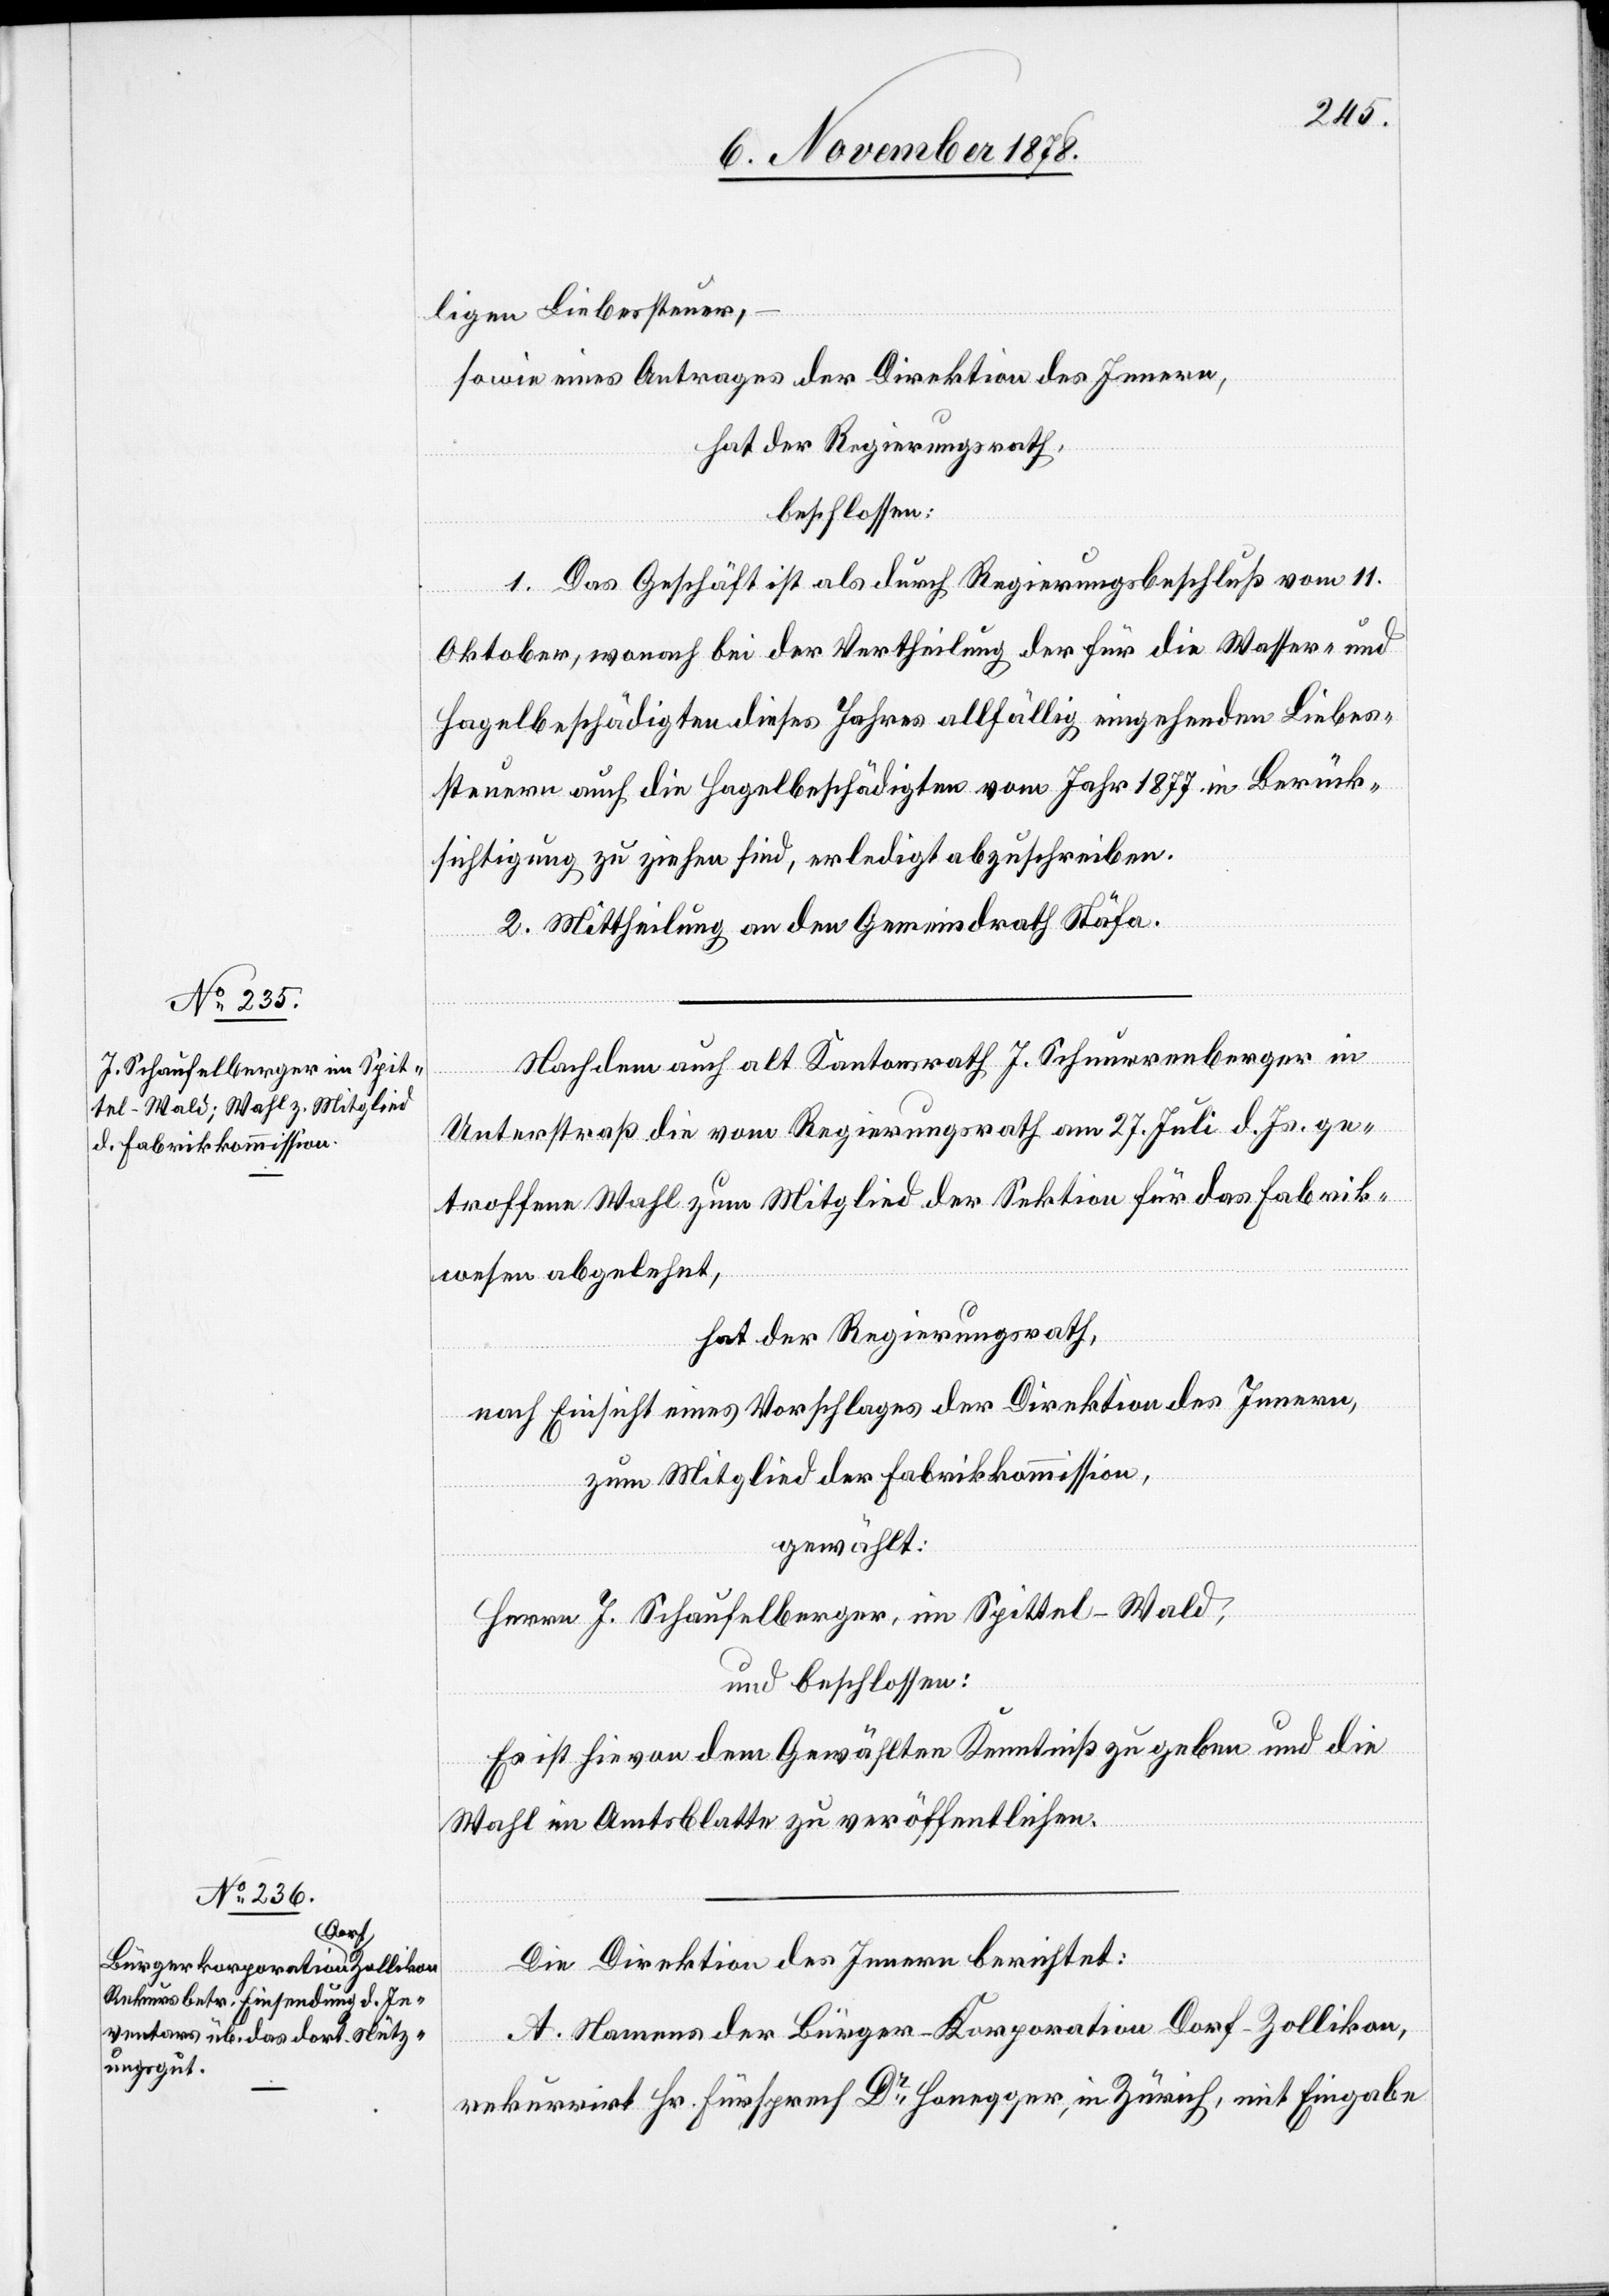
ligen Liebessteuer,
sowie eines Antrages der Direktion des Innern,
hat der Regierungsrath,
beschlossen:
1. Das Geschäft ist als durch Regierungsbeschluß vom 11.
Oktober, wonach bei der Vertheilung der für die Wasser- und
Hagelbeschädigten dieses Jahres allfällig eingehenden Liebes¬
steuern auch die Hagelbeschädigten vom Jahr 1877 in Berück¬
sichtigung zu ziehen sind, erledigt abzuschreiben.
2. Mittheilung an den Gemeindrath Stäfa.
Nachdem auch alt Kantonsrath J. Schnurrenberger in
Unterstraß die vom Regierungsrath am 27. Juli d. Js. ge¬
troffene Wahl zum Mitglied der Sektion für das Fabrik¬
wesen abgelehnt,
hat der Regierungsrath,
nach Einsicht eines Vorschlages der Direktion des Innern,
zum Mitglied der Fabrikkommission,
gewählt:
Herrn J. Schaufelberg, im Spittel - Wald,
und beschlossen:
Es ist hievon dem Gewählten Kenntniß zu geben und die
Wahl im Amtsblatte zu veröffentlichen.
Die Direktion des Innern berichtet:
A. Namens der Bürger-Koporation Dorf - Zollikon,
rekurrirt Hr. Fürsprech Dr Honegger, in Zürich, mit Eingabe